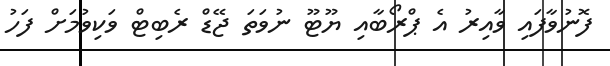
ފޮނުވާފައި ވާއިރު އެ ޕްރޯބާއި ޔޫޓޫ ނުވަތަ ޖޭޑް ރެބިޓް ވަކިވުމަށް ފަހު